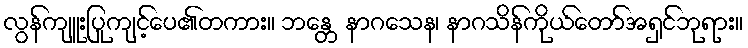
လွန်ကျူးပြုကျင့်ပေ၏တကား။ ဘန္တေ နာဂသေန၊ နာဂသိန်ကိုယ်တော်အရှင်ဘုရား။